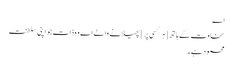
اے
سخاوت کے ہاتھ [ ہر کسی پر ] پھیلانے والے اے وہ ذات جو اپنی سلطنت
محمود ہے ۔